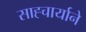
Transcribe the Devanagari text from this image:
साह्चार्याने